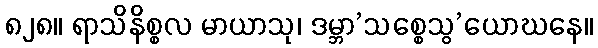
၈၂၈။ ရာသိနိစ္စလ မာယာသု၊ ဒမ္ဘာ’သစ္စေသွ’ယောဃနေ။